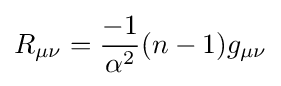
R_{\mu \nu }={\frac {-1}{\alpha ^{2}}}(n-1)g_{\mu \nu }